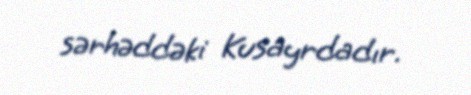
sərhəddəki Kusayrdadır.